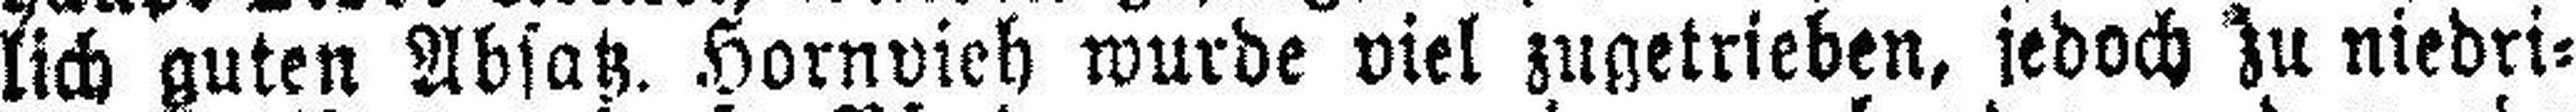
lich guten Absatz. Hornvieh wurde viel zugetrieben, jedoch zu niedri¬